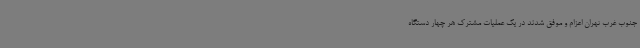
جنوب غرب تهران اعزام و موفق شدند در یک عملیات مشترک هر چهار دستگاه